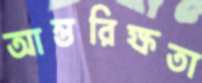
আন্তরিক্ষতা